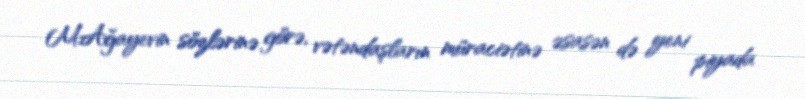
M.Ağayevin sözlərinə görə, vətəndaşların müraciətinə əsasən də yeni piyada